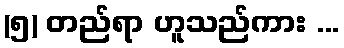
(၅) တည်ရာ ဟူသည်ကား ...